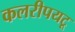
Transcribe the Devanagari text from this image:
कलरीपयटू